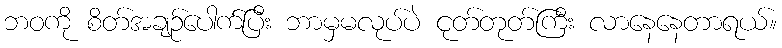
ဘဝကို စိတ်အချဉ်ပေါက်ပြီး ဘာမှမလုပ်ပဲ ငုတ်တုတ်ကြီး လာနေနေတာရယ်။